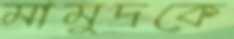
মামুদকে